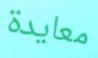
معايدة